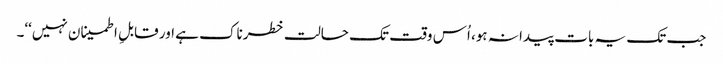
جب تک یہ بات پیدا نہ ہو، اُس وقت تک حالت خطرناک ہے اور قابلِ اطمینان نہیں‘‘۔